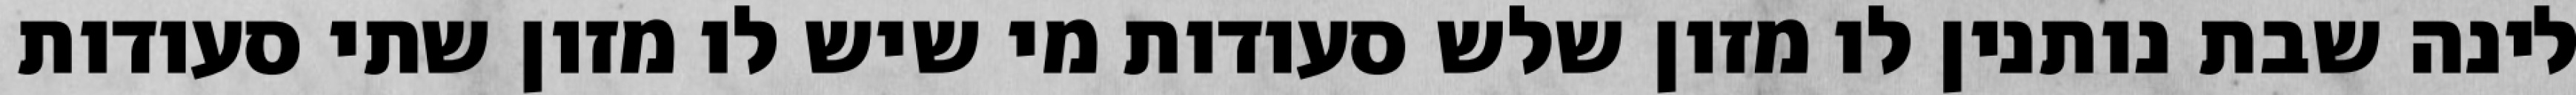
לינה שבת נותנין לו מזון שלש סעודות מי שיש לו מזון שתי סעודות